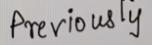
Previously